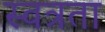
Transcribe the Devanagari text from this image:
स्वत्रता